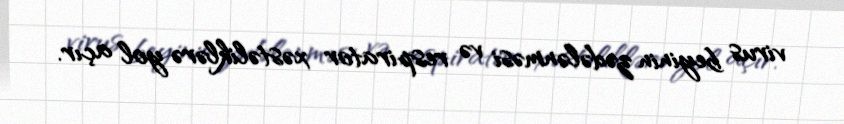
virus beyinin zədələnməsi və respirator xəstəliklərə yol açır.